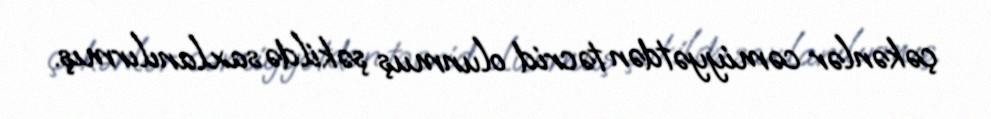
çəkənlər cəmiyyətdən təcrid olunmuş şəkildə saxlanılırmış.